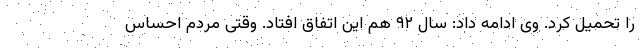
را تحمیل کرد. وی ادامه داد: سال ۹۲ هم این اتفاق افتاد. وقتی مردم احساس